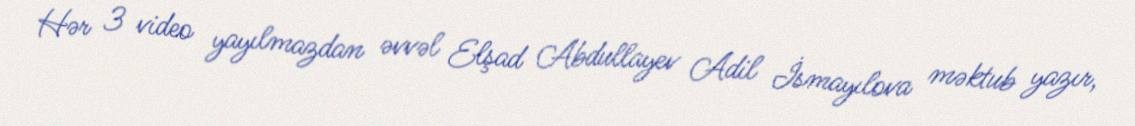
Hər 3 video yayılmazdan əvvəl Elşad Abdullayev Adil İsmayılova məktub yazır,